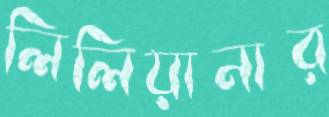
লিলিয়ানার